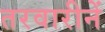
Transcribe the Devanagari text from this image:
तरवारीनें